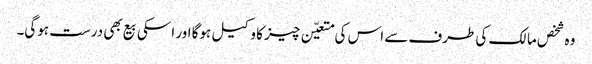
وہ شخص مالک کی طرف سے اس کی متعیّن چیز کا وکیل ہوگا اور اسکی بیع بھی درست ہوگی۔